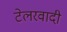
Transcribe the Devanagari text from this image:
टेलरवादी